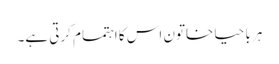
ہر با حیا خاتون اس کا اہتمام کرتی ہے۔